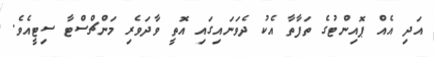
އަދި އެއް ޕޮއިންޓުގެ ތަފާތާ އެކު ދެވަނައިގައި އޮތީ ވާދަވެރި މަންޗްސްޓާ ސިޓީއެވެ.